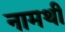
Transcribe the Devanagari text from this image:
नामथी